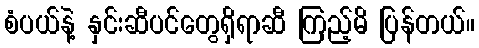
စံပယ်နဲ့ နှင်းဆီပင်တွေရှိရာဆီ ကြည့်မိ ပြန်တယ်။